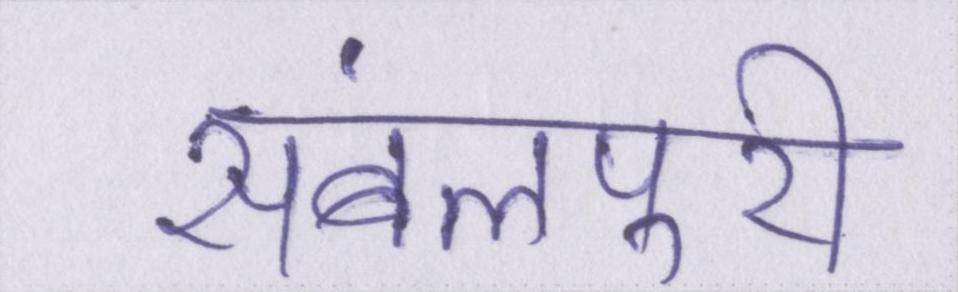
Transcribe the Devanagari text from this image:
संबलपुरी